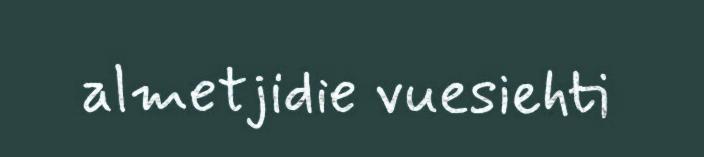
almetjidie vuesiehti